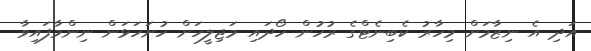
އަދި އެ ނިޒާމަށް މިހާރު ކެބިނެޓްގެ ރުހުން ހޯދައި މަޖިލީހަށް ހުށަހަޅަން ނިންމާފައިވާ